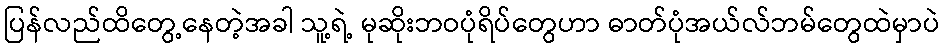
ပြန်လည်ထိတွေ့နေတဲ့အခါ သူ့ရဲ့ မုဆိုးဘဝပုံရိပ်တွေဟာ ဓာတ်ပုံအယ်လ်ဘမ်တွေထဲမှာပဲ